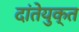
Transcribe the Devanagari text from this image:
दांतेयुक्त